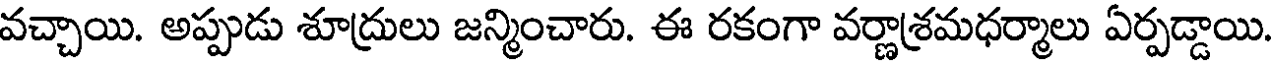
వచ్చాయి. అప్పుడు శూద్రులు జన్మించారు. ఈ రకంగా వర్ణాశ్రమధర్మాలు ఏర్పడ్డాయి.